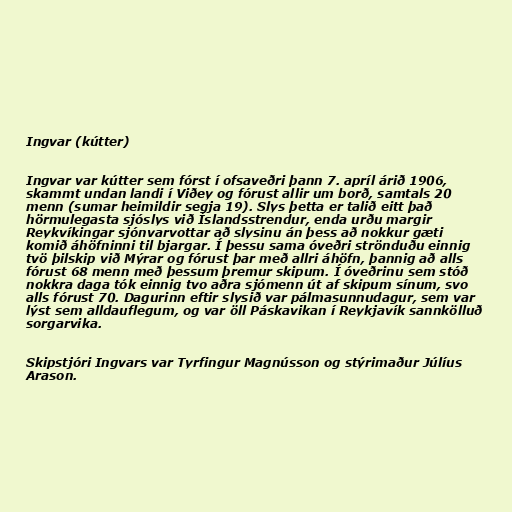
Ingvar (kútter)

Ingvar var kútter sem fórst í ofsaveðri þann 7. apríl árið 1906,
skammt undan landi í Viðey og fórust allir um borð, samtals 20
menn (sumar heimildir segja 19). Slys þetta er talið eitt það
hörmulegasta sjóslys við Íslandsstrendur, enda urðu margir
Reykvíkingar sjónvarvottar að slysinu án þess að nokkur gæti
komið áhöfninni til bjargar. Í þessu sama óveðri strönduðu einnig
tvö þilskip við Mýrar og fórust þar með allri áhöfn, þannig að alls
fórust 68 menn með þessum þremur skipum. Í óveðrinu sem stóð
nokkra daga tók einnig tvo aðra sjómenn út af skipum sínum, svo
alls fórust 70. Dagurinn eftir slysið var pálmasunnudagur, sem var
lýst sem alldauflegum, og var öll Páskavikan í Reykjavík sannkölluð
sorgarvika.

Skipstjóri Ingvars var Tyrfingur Magnússon og stýrimaður Júlíus
Arason.